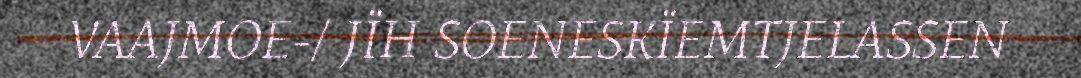
VAAJMOE-/ JÏH SOENESKÏEMTJELASSEN